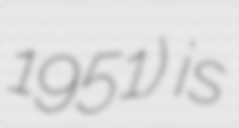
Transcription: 1951) is